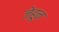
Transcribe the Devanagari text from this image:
जेहून